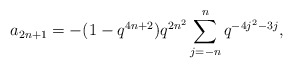
\begin{align*} a_{2n+1} = -(1-q^{4n+2})q^{2n^2}\sum_{j=-n}^{n}q^{-4j^2-3j},\end{align*}